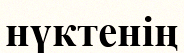
нүктенің